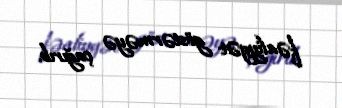
fəaliyyət göstərməyə çağırıb.